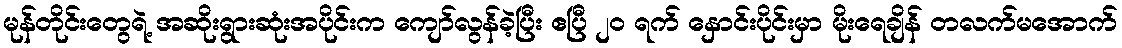
မုန်တိုင်းတွေရဲ့ အဆိုးရွားဆုံးအပိုင်းက ကျော်လွန်ခဲ့ပြီး ဧပြီ ၂၀ ရက် နှောင်းပိုင်းမှာ မိုးရေချိန် တလက်မအောက်